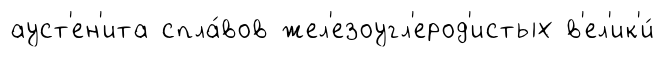
ауст'ен'ита спла́вов жел'езоугл'ерод'истых в'ел'ик'и́